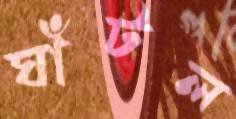
ঘাঁটল